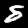
Label: 8